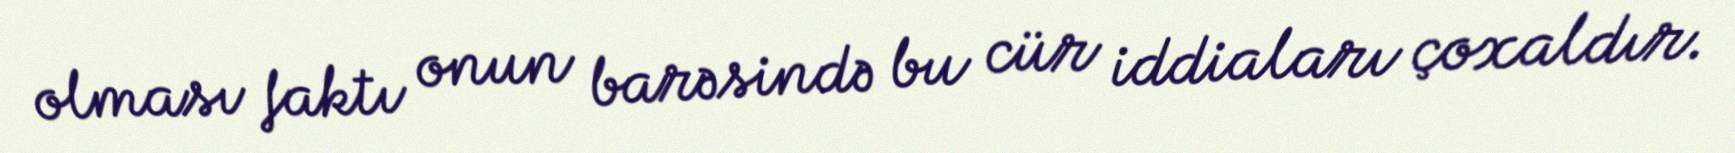
olması faktı onun barəsində bu cür iddiaları çoxaldır.